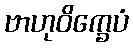
ဗာဟုဝိက္ခေပံ